Elephants and their diseases
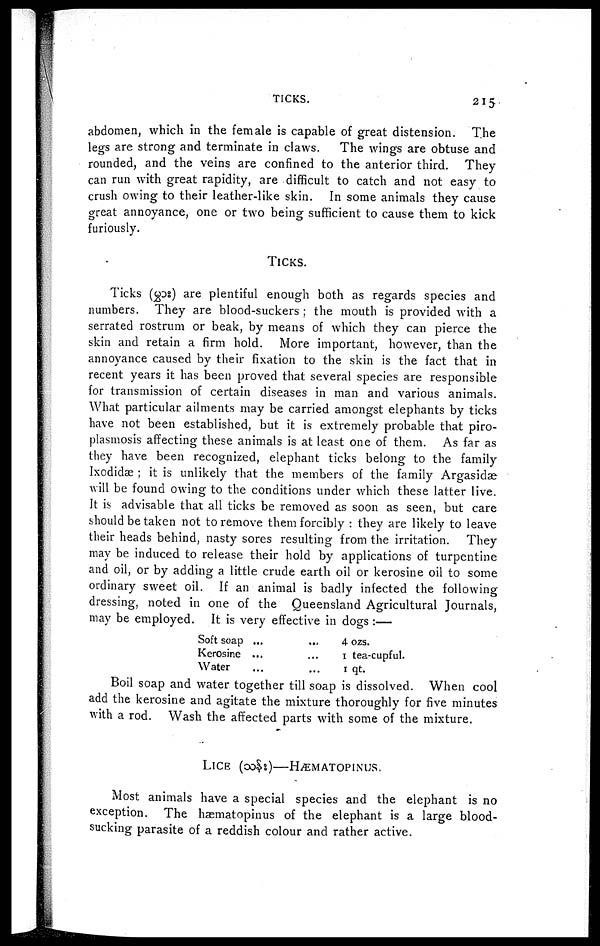
TICKS.
215
abdomen, which in the female is capable of great distension. The
legs are strong and terminate in claws.
The wings are obtuse and
rounded, and the veins are confined to the anterior third. They
can run with great rapidity, are difficult to catch and not easy to
crush owing to their leather-like skin. In some animals they cause
great annoyance, one or two being sufficient to cause them to kick
furiously.
TICKS.
Ticks ( ) are plentiful enough both as regards species and
numbers. They are blood-suckers ; the mouth is provided with a
serrated rostrum or beak, by means of which they can pierce the
skin and retain a firm hold. More important, however, than the
annoyance caused by their fixation to the skin is the fact that in
recent years it has been proved that several species are responsible
for transmission of certain diseases in man and various animals.
What particular ailments may be carried amongst elephants by ticks
have not been established, but it is extremely probable that piro-
plasmosis affecting these animals is at least one of them. As far as
they have been recognized, elephant ticks belong to the family
Ixodidæ ; it is unlikely that the members of the family Argasidæ
will be found owing to the conditions under which these latter live.
It is advisable that all ticks be removed as soon as seen, but care
should be taken not to remove them forcibly : they are likely to leave
their heads behind, nasty sores resulting from the irritation. They
may be induced to release their hold by applications of turpentine
and oil, or by adding a little crude earth oil or kerosine oil to some
ordinary sweet oil. If an animal is badly infected the following
dressing, noted in one of the Queensland Agricultural Journals,
may be employed. It is very effective in dogs :—
Soft soap ... ...
Kerosine ... ...
Water ... ...
4 ozs.
1 tea-cupful.
1 qt.
Boil soap and water together till soap is dissolved. When cool
add the kerosine and agitate the mixture thoroughly for five minutes
with a rod. Wash the affected parts with some of the mixture.
LICE (
)—HÆMATOPINUS.
Most animals have a special species and the elephant is no
exception. The hæmatopinus of the elephant is a large blood-
sucking parasite of a reddish colour and rather active.